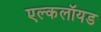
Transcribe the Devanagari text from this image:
एल्कलॉयड